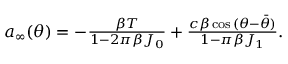
\begin{array} { r } { a _ { \infty } ( \theta ) = - \frac { \beta T } { 1 - 2 \pi \beta J _ { 0 } } + \frac { c \beta \cos { ( \theta - \bar { \theta } } ) } { 1 - \pi \beta J _ { 1 } } . } \end{array}